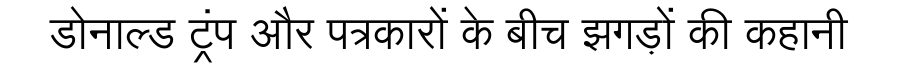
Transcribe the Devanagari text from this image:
डोनाल्ड ट्रंप और पत्रकारों के बीच झगड़ों की कहानी